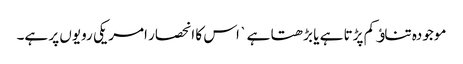
موجودہ تناﺅ کم پڑتا ہے یا بڑھتا ہے ` اس کا انحصار امریکی رویوں پر ہے۔